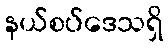
နယ်စပ်ဒေသရှိ